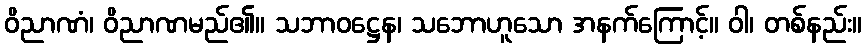
ဝိညာဏံ၊ ဝိညာဏမည်၏။ သဘာဝဋ္ဌေန၊ သဘောဟူသော အနက်ကြောင့်။ ဝါ၊ တစ်နည်း။